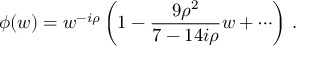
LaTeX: \phi ( w ) = w ^ { - i \rho } \left( 1 - { \frac { 9 \rho ^ { 2 } } { 7 - 1 4 i \rho } } w + \cdots \right) \, .